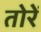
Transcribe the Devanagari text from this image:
तोरें